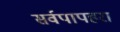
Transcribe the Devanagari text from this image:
सर्वपापहरा